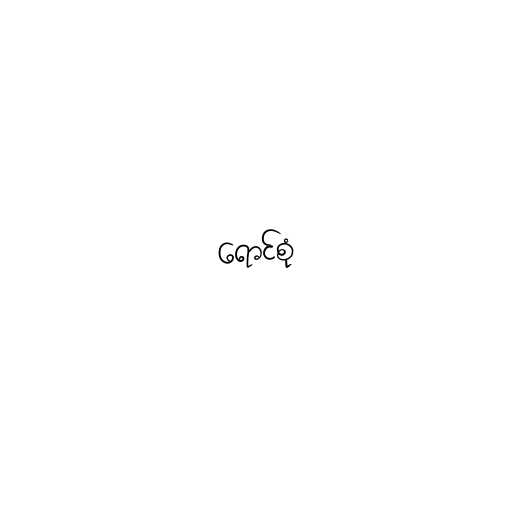
ရောင်စုံ